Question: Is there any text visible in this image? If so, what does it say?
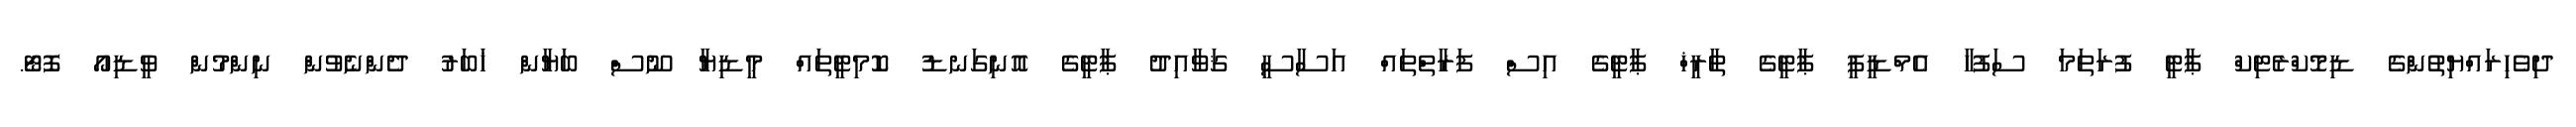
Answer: ދިވެހިރައްޔިތުންގެ ޑިމޮކްރެޓިކް ޕާޓީ ފުރަތަމަ ސަފުހާ އެމްޑީޕީ ޕާޓީގެ ތާރީޚް ޕާޓީގެ އިސް ފަރާތްތައް އަސާސީ ޤަވާއިދު ޕާޓީގެ އޮނިގަނޑު ކޮމިޓީތައް މީޑިޔާ ނޫސް ބަޔާން ޚަބަރު ދެންނެވުން ނިންމުން ވީޑިއޯ ފޮޓޯ.